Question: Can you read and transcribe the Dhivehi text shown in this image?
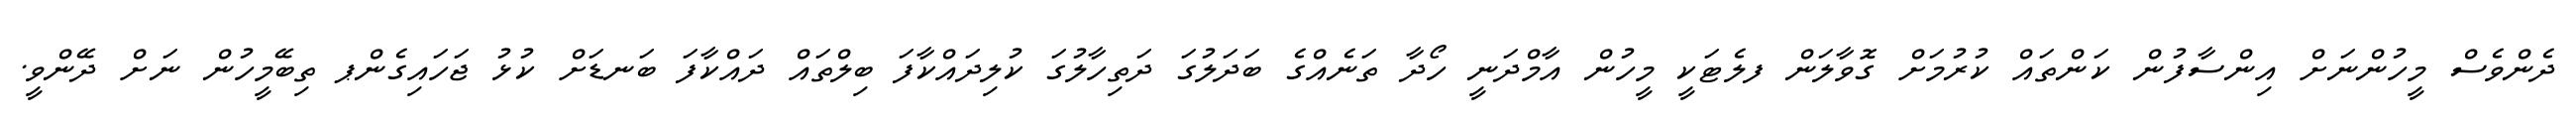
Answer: ދެންވެސް މީހުންނަށް އިންސާފުން ކަންތައް ކުރުމަށް ގޮވާލަން ފލެޓަކީ މީހުން އާމްދަނީ ހޯދާ ތަނެއްގެ ބަދަލުގަ ދަތިހާލުގަ ކުލިދައްކާފަ ބިލްތައް ދައްކާފަ ބަނޑަށް ކުޅު ޖަހައިގެންޕ ތިބޭމީހުން ނަށް ދޭންވީ.